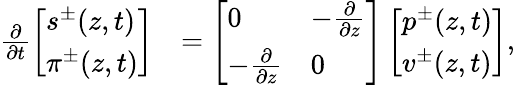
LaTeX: \begin{array}{rl}{\frac{\partial}{\partial t}\left[\begin{array}{l}{s^{\pm}(z,t)}\\ {\pi^{\pm}(z,t)}\end{array}\right]}&{=\left[\begin{array}{ll}{0}&{-\frac{\partial}{\partial z}}\\ {-\frac{\partial}{\partial z}}&{0}\end{array}\right]\left[\begin{array}{l}{p^{\pm}(z,t)}\\ {v^{\pm}(z,t)}\end{array}\right],}\end{array}